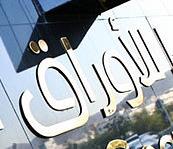
للأوراق